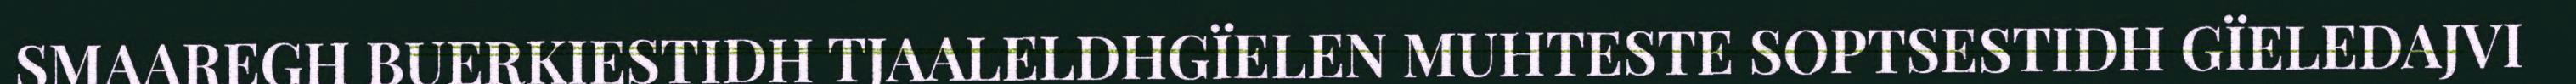
SMAAREGH BUERKIESTIDH TJAALELDHGÏELEN MUHTESTE SOPTSESTIDH GÏELEDAJVI